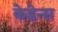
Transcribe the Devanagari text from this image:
केडेन्स